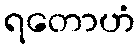
ရတောဟံ